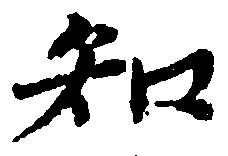
知